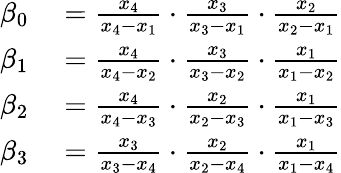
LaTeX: \begin{array}{rl}{\beta_{0}}&{{}=\frac{x_{4}}{x_{4}-x_{1}}\cdot\frac{x_{3}}{x_{3}-x_{1}}\cdot\frac{x_{2}}{x_{2}-x_{1}}}\\ {\beta_{1}}&{{}=\frac{x_{4}}{x_{4}-x_{2}}\cdot\frac{x_{3}}{x_{3}-x_{2}}\cdot\frac{x_{1}}{x_{1}-x_{2}}}\\ {\beta_{2}}&{{}=\frac{x_{4}}{x_{4}-x_{3}}\cdot\frac{x_{2}}{x_{2}-x_{3}}\cdot\frac{x_{1}}{x_{1}-x_{3}}}\\ {\beta_{3}}&{{}=\frac{x_{3}}{x_{3}-x_{4}}\cdot\frac{x_{2}}{x_{2}-x_{4}}\cdot\frac{x_{1}}{x_{1}-x_{4}}}\end{array}